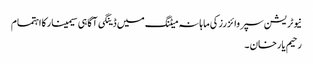
نیوٹریشن سپروائزرزکی ماہانہ میٹنگ میں ڈینگی آگاہی سیمینارکااہتمام
رحیم یارخان ۔